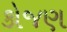
કોજણ